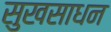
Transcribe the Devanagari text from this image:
सुखसाधन